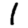
Digit: 1